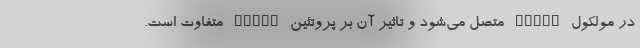
در مولکول STING متصل می‌شود و تاثیر آن بر پروتئین STING متفاوت است.